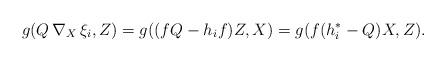
LaTeX: \begin{align*} g(Q\,\nabla_{X}\,\xi_i, Z) = g(({f} Q -h_i{f}) Z, X) = g( {f}( h^*_i - Q) X, Z) .\end{align*}